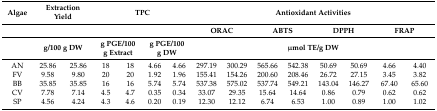
<table><thead><tr><td><b>Algae</b></td><td colspan="2"><b>Extraction Yield</b></td><td colspan="4"><b>TPC</b></td><td colspan="8"><b>Antioxidant Activities</b></td></tr><tr><td colspan="7"></td><td colspan="2"><b>ORAC</b></td><td colspan="2"><b>ABTS</b></td><td colspan="2"><b>DPPH</b></td><td colspan="2"><b>FRAP</b></td></tr><tr><td></td><td colspan="2"><b>g/100 g DW</b></td><td colspan="2"><b>g PGE/100 g Extract</b></td><td colspan="2"><b>g PGE/100 g DW</b></td><td colspan="8"><b>μmol TE/g DW</b></td></tr></thead><tbody><tr><td>AN</td><td>25.86</td><td>25.86</td><td>18</td><td>18</td><td>4.66</td><td>4.66</td><td>297.19</td><td>300.29</td><td>565.66</td><td>542.38</td><td>50.69</td><td>50.69</td><td>4.66</td><td>4.40</td></tr><tr><td>FV</td><td>9.58</td><td>9.80</td><td>20</td><td>20</td><td>1.92</td><td>1.96</td><td>155.41</td><td>154.26</td><td>200.60</td><td>208.46</td><td>26.72</td><td>27.15</td><td>3.45</td><td>3.82</td></tr><tr><td>BB</td><td>35.85</td><td>35.85</td><td>16</td><td>16</td><td>5.74</td><td>5.74</td><td>537.38</td><td>575.02</td><td>537.74</td><td>549.21</td><td>143.04</td><td>146.27</td><td>67.40</td><td>65.60</td></tr><tr><td>CV</td><td>7.78</td><td>7.14</td><td>4.5</td><td>4.7</td><td>0.35</td><td>0.34</td><td>33.07</td><td>29.35</td><td>15.64</td><td>14.64</td><td>0.86</td><td>0.79</td><td>0.62</td><td>0.62</td></tr><tr><td>SP</td><td>4.56</td><td>4.24</td><td>4.3</td><td>4.6</td><td>0.20</td><td>0.19</td><td>12.30</td><td>12.12</td><td>6.74</td><td>6.53</td><td>1.00</td><td>0.89</td><td>1.00</td><td>1.02</td></tr></tbody></table>